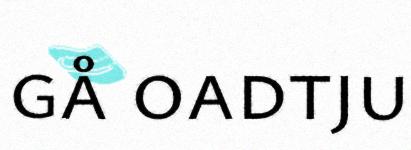
gå oadtju